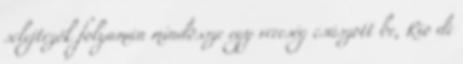
selejtezők folyamán mindössze egy vereség csúszott be, Rio de